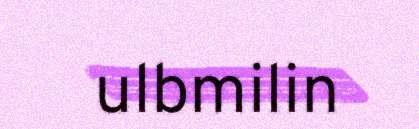
ulbmilin